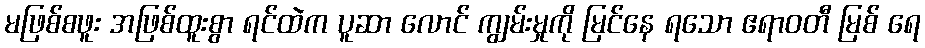
မဖြစ်စဖူး အဖြစ်ထူးစွာ ရင်ထဲက ပူဆာ လောင် ကျွမ်းမှုကို မြင်နေ ရသော ဧရာဝတီ မြစ် ရေ